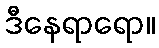
ဒီနေရာရော။